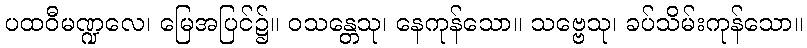
ပထဝီမဏ္ဍလေ၊ မြေအပြင်၌။ ဝသန္တေသု၊ နေကုန်သော။ သဗ္ဗေသု၊ ခပ်သိမ်းကုန်သော။